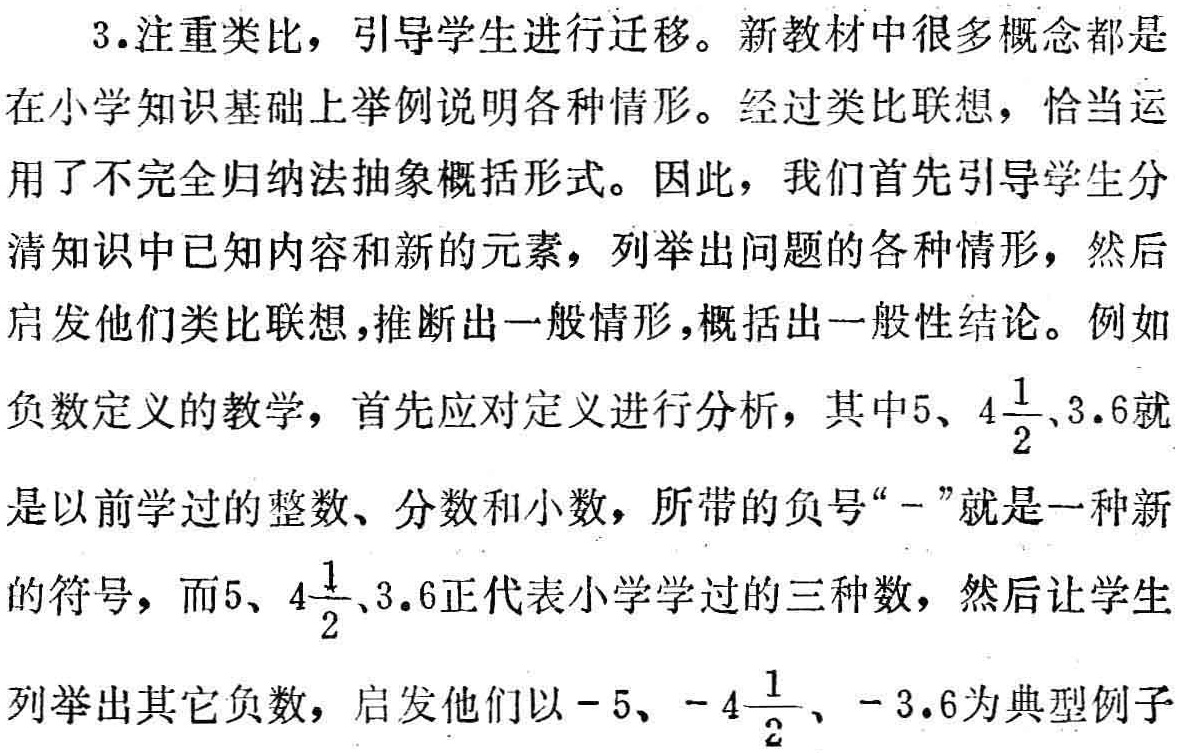
3. 注重类比，引导学生进行迁移。新教材中很多概念都是在小学知识基础上举例说明各种情形。经过类比联想，恰当运用了不完全归纳法抽象概括形式。因此，我们首先引导学生分清知识中已知内容和新的元素，列举出问题的各种情形，然后启发他们类比联想，推断出一般情形，概括出一般性结论。例如负数定义的教学，首先应对定义进行分析，其中\(5\)、\(4\frac{1}{2}\)、\(3.6\)就是以前学过的整数、分数和小数，所带的负号“\(-\)”就是一种新的符号，而\(5\)、\(4\frac{1}{2}\)、\(3.6\)正代表小学学过的三种数，然后让学生列举出其它负数，启发他们以\(-5\)、\(-4\frac{1}{2}\)、\(-3.6\)为典型例子